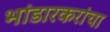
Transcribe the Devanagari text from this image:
भांडारकरांचा